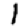
Digit: 1